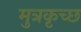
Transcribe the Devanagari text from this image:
मुत्रकृच्छ